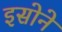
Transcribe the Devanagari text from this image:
इसोने